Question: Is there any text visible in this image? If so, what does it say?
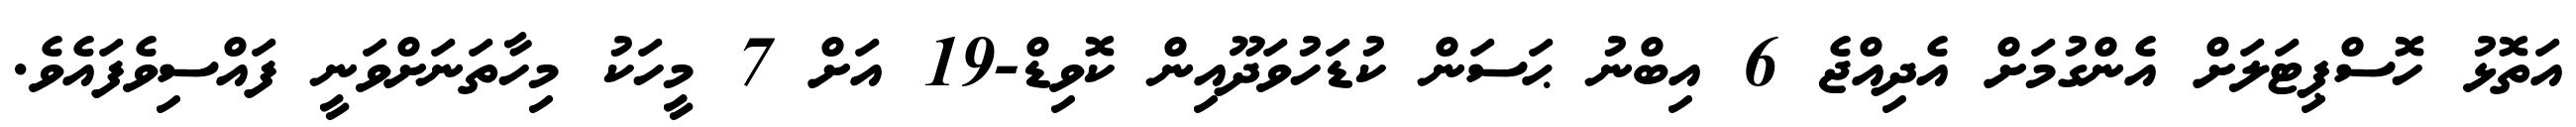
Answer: އަތޮޅު ހޮސްޕިޓަލަށް އެންގުމަށް އެދިއްޖެ 6 އިބްނު ޙަސަން ކުޑަހުވަދޫއިން ކޮވިޑް-19 އަށް 7 މީހަކު މިހާތަނަށްވަނީ ފައްސިވެފައެވެ.